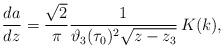
LaTeX: \begin{align*}\frac{da}{ dz}= \frac{\sqrt{2}}{\pi} \frac{1}{\vartheta_{3}(\tau_0)^{2}\sqrt{z-z_{3}}}\,K(k),\end{align*}